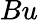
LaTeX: Bu